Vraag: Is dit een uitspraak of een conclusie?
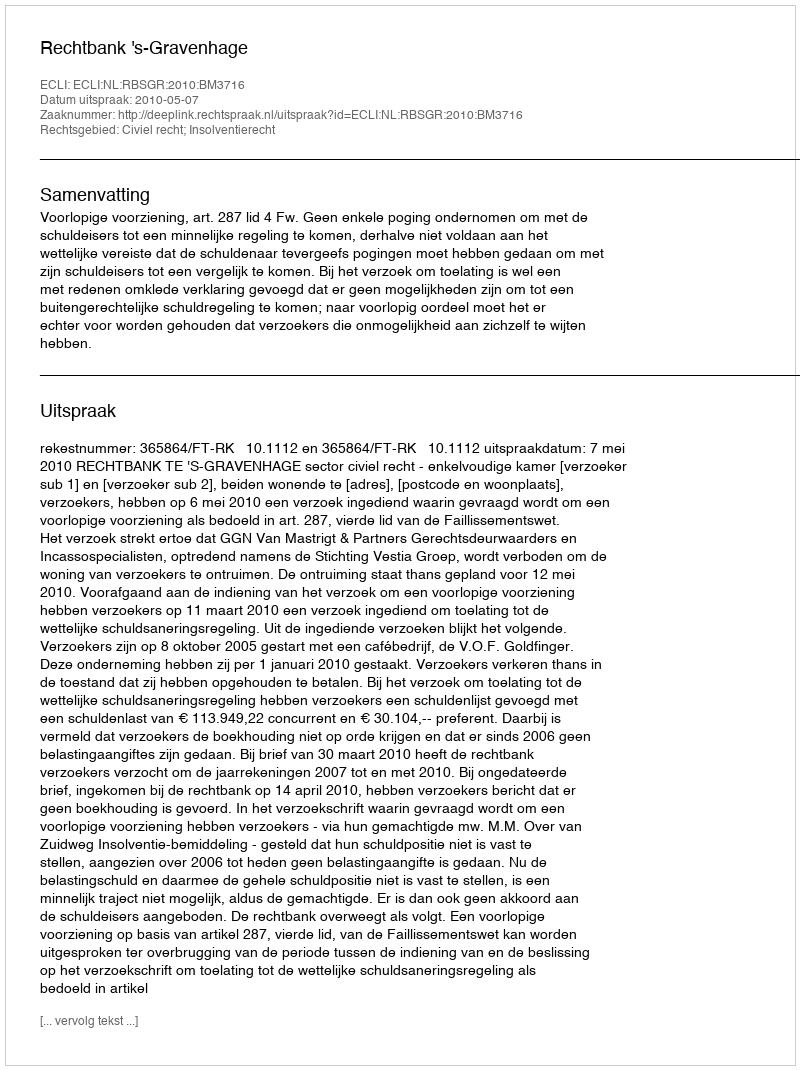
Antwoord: Uitspraak